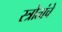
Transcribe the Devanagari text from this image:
स्त्रोतांचे